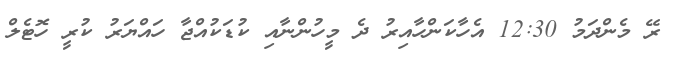
ރޭ މެންދަމު 12:30 އެހާކަންހާއިރު ދެ މީހުންނާއި ކުޑަކުއްޖާ ހައްޔަރު ކުރީ ހޮޓެލް